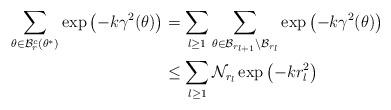
LaTeX: \begin{align*}\sum_{\theta \in \mathcal{B}_{r}^c(\theta^*)} \exp \left( -k\gamma^2(\theta) \right) &= \sum\limits_{l \geq 1} \sum_{\theta \in \mathcal{B}_{r_{l+1}} \backslash \mathcal{B}_{r_{l}}} \exp \left( -k\gamma^2(\theta) \right)\\& \leq \sum\limits_{l \geq 1} \mathcal{N}_{r_l} \exp \left( -kr_{l}^2 \right)\end{align*}